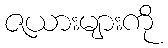
ဇယားများကို